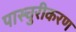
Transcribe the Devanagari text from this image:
पास्चुरीकरण